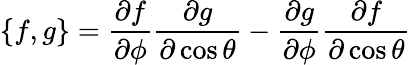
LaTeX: \{ f,g\} =\frac{\partial f}{\partial\phi}\frac{\partial g}{\partial\cos\theta}-\frac{\partial g}{\partial\phi}\frac{\partial f}{\partial\cos\theta}